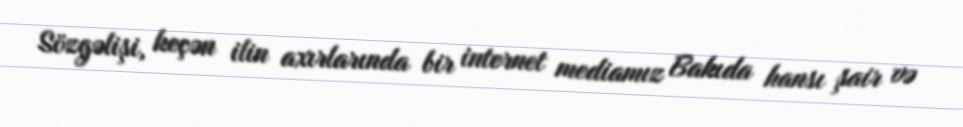
Sözgəlişi, keçən ilin axırlarında bir internet mediamız Bakıda hansı şair və